Indian journal of veterinary science and animal husbandry - Volumes 18-21, 1948-1951
Year: 1948
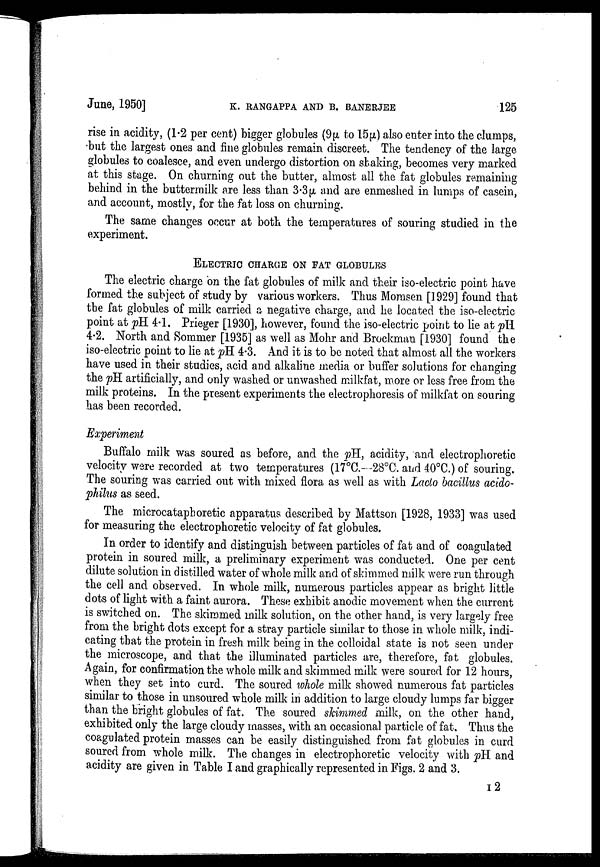
June, 1950]
K.
RANGAPPA
AND
B.
BANERJEE
125
rise in acidity, (1.2 per cent) bigger globules (9µ to 15µ) also enter into the clumps,
but the largest ones and fine globules remain discreet. The tendency of the large
globules to coalesce, and even undergo distortion on staking, becomes very marked
at this stage. On churning out the butter, almost all the fat globules remaining
behind in the buttermilk are less than 3.3µ and are enmeshed in lumps of casein,
and account, mostly, for the fat loss on churning.
The same changes occur at both the temperatures of souring studied in the
experiment.
ELECTRIC CHARGE ON FAT GLOBULES
The electric charge on the fat globules of milk and their iso-electric point have
formed the subject of study by various workers. Thus Momsen [1929] found that
the fat globules of milk carried a negative charge, and he located the iso-electric
point at pH 4.1. Prieger [1930], however, found the iso-electric point to lie at pH
4.2. North and Sommer [1935] as well as Mohr and Brockmau [1930] found the
iso-electric point to lie at pH 4.3. And it is to be noted that almost all the workers
have used in their studies, acid and alkaline media or buffer solutions for changing
the pH artificially, and only washed or unwashed milkfat, more or less free from the
milk proteins. In the present experiments the electrophoresis of milkfat on souring
has been recorded.
Experiment
Buffalo milk was soured as before, and the pH, acidity, and electrophoretic
velocity were recorded at two temperatures (17°C.—28°C. and 40°C.) of souring.
The souring was carried out with mixed flora as well as with Lacto bacillus acido-
philus as seed.
The microcataphoretic apparatus described by Mattson [1928, 1933] was used
for measuring the electrophoretic velocity of fat globules.
In order to identify and distinguish between particles of fat and of coagulated
protein in soured milk, a preliminary experiment was conducted. One per cent
dilute solution in distilled water of whole milk and of skimmed milk were run through
the cell and observed. In whole milk, numerous particles appear as bright little
dots of light with a faint aurora. These exhibit anodic movement when the current
is switched on. The skimmed milk solution, on the other hand, is very largely free
from the bright dots except for a stray particle similar to those in whole milk, indi-
cating that the protein in fresh milk being in the colloidal state is not seen under
the microscope, and that the illuminated particles are, therefore, fat globules.
Again, for confirmation the whole milk and skimmed milk were soured for 12 hours,
when they set into curd. The soured whole milk showed numerous fat particles
similar to those in unsoured whole milk in addition to large cloudy lumps far bigger
than the bright globules of fat. The soured skimmed milk, on the other hand,
exhibited only the large cloudy masses, with an occasional particle of fat. Thus the
coagulated protein masses can be easily distinguished from fat globules in curd
soured from whole milk. The changes in electrophoretic velocity with pH and
acidity are given in Table I and graphically represented in Figs. 2 and 3.
I2